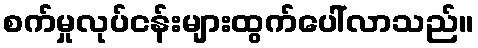
စက်မှုလုပ်ငန်းများထွက်ပေါ်လာသည်။